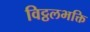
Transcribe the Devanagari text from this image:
विट्ठलभक्ति